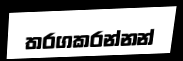
තරගකරන්නන්